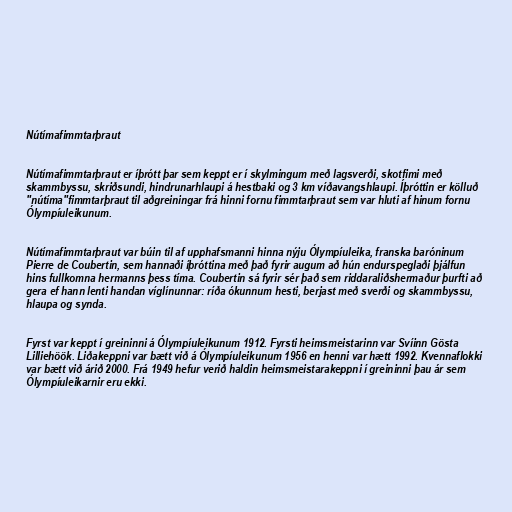
Nútímafimmtarþraut

Nútímafimmtarþraut er íþrótt þar sem keppt er í skylmingum með lagsverði, skotfimi með
skammbyssu, skriðsundi, hindrunarhlaupi á hestbaki og 3 km víðavangshlaupi. Íþróttin er kölluð
"nútíma"fimmtarþraut til aðgreiningar frá hinni fornu fimmtarþraut sem var hluti af hinum fornu
Ólympíuleikunum.

Nútímafimmtarþraut var búin til af upphafsmanni hinna nýju Ólympíuleika, franska baróninum
Pierre de Coubertin, sem hannaði íþróttina með það fyrir augum að hún endurspeglaði þjálfun
hins fullkomna hermanns þess tíma. Coubertin sá fyrir sér það sem riddaraliðshermaður þurfti að
gera ef hann lenti handan víglínunnar: ríða ókunnum hesti, berjast með sverði og skammbyssu,
hlaupa og synda.

Fyrst var keppt í greininni á Ólympíuleikunum 1912. Fyrsti heimsmeistarinn var Svíinn Gösta
Lilliehöök. Liðakeppni var bætt við á Ólympíuleikunum 1956 en henni var hætt 1992. Kvennaflokki
var bætt við árið 2000. Frá 1949 hefur verið haldin heimsmeistarakeppni í greininni þau ár sem
Ólympíuleikarnir eru ekki.